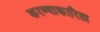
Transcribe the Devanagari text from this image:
करण्याकारिता